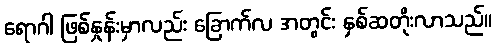
ရောဂါ ဖြစ်နှုန်းမှာလည်း ခြောက်လ အတွင်း နှစ်ဆတိုးလာသည်။